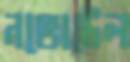
নভোটেল